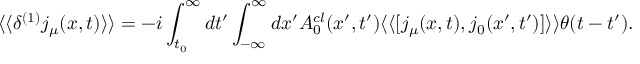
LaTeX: \langle \langle \delta ^ { ( 1 ) } j _ { \mu } ( x , t ) \rangle \rangle = - i \int _ { t _ { 0 } } ^ { \infty } d t ^ { \prime } \int _ { - \infty } ^ { \infty } d x ^ { \prime } A _ { 0 } ^ { c l } ( x ^ { \prime } , t ^ { \prime } ) \langle \langle [ j _ { \mu } ( x , t ) , j _ { 0 } ( x ^ { \prime } , t ^ { \prime } ) ] \rangle \rangle \theta ( t - t ^ { \prime } ) .